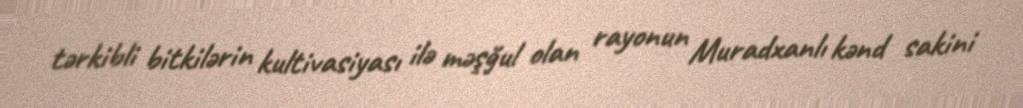
tərkibli bitkilərin kultivasiyası ilə məşğul olan rayonun Muradxanlı kənd sakini